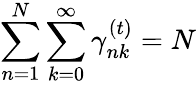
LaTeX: \sum_{n=1}^{N}\sum_{k=0}^{\infty}\gamma_{nk}^{(t)}=N